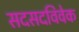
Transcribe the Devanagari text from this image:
सदसदविवेक